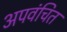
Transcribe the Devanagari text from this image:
अपवंचित